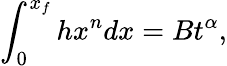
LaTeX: \int_{0}^{x_{f}}hx^{n}dx=Bt^{\alpha},